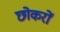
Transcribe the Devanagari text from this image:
छोकरों